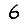
Digit: 6